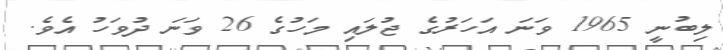
ލިބުނީ 1965 ވަނަ އަހަރުގެ ޖުލައި މަހުގެ 26 ވަނަ ދުވަހު އެވެ.